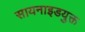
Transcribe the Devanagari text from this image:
सायनाइडयुक्त